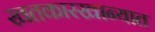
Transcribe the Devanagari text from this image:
खतकारखान्यात